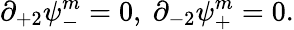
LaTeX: \partial_{+2}\psi_{-}^{m}=0,\ \partial_{-2}\psi_{+}^{m}=0.